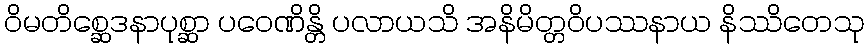
ဝိမတိစ္ဆေဒနာပုစ္ဆာ ပဝေဏိန္တိ ပလာယသိ အနိမိတ္တဝိပဿနာယ နိဿိတေသု